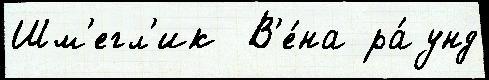
Шм'егл'ик  В'е́на ра́унд